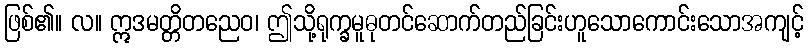
ဖြစ်၏။ လ။ ဣဒမတ္တိတညေဝ၊ ဤသို့ရုက္ခမူဓုတင်ဆောက်တည်ခြင်းဟူသောကောင်းသောအကျင့်